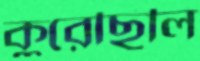
কুরেছিলি